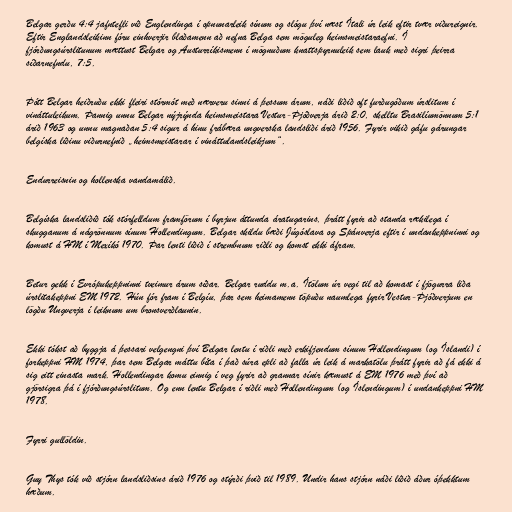
Belgar gerðu 4:4 jafntefli við Englendinga í opnunarleik sínum og slógu því næst Ítali úr leik eftir tvær viðureignir.
Eftir Englandsleikinn fóru einhverjir blaðamenn að nefna Belga sem möguleg heimsmeistaraefni. Í
fjórðungsúrslitunum mættust Belgar og Austurríkismenn í mögnuðum knattspyrnuleik sem lauk með sigri þeirra
síðarnefndu, 7:5.

Þótt Belgar heiðruðu ekki fleiri stórmót með nærveru sinni á þessum árum, náði liðið oft furðugóðum úrslitum í
vináttuleikum. Þannig unnu Belgar nýjrýnda heimsmeistara Vestur-Þjóðverja árið 2:0, skelltu Brasilíumönnum 5:1
árið 1963 og unnu magnaðan 5:4 sigur á hinu frábæra ungverska landsliði árið 1956. Fyrir vikið gáfu gárungar
belgíska liðinu viðurnefnið „heimsmeistarar í vináttulandsleikjum“.

Endurreisnin og hollenska vandamálið.

Belgíska landsliðið tók stórfelldum framförum í byrjun áttunda áratugarins, þrátt fyrir að standa rækilega í
skugganum á nágrönnum sínum Hollendingum. Belgar skildu bæði Júgóslava og Spánverja eftir í undankeppninni og
komust á HM í Mexíkó 1970. Þar lenti liðið í strembnum riðli og komst ekki áfram.

Betur gekk í Evrópukeppninni tveimur árum síðar. Belgar ruddu m.a. Ítölum úr vegi til að komast í fjögurra liða
úrslitakeppni EM 1972. Hún fór fram í Belgíu, þar sem heimamenn töpuðu naumlega fyrir Vestur-Þjóðverjum en
lögðu Ungverja í leiknum um bronsverðlaunin.

Ekki tókst að byggja á þessari velgengni því Belgar lentu í riðli með erkifjendum sínum Hollendingum (og Íslandi) í
forkeppni HM 1974, þar sem Belgar máttu bíta í það súra epli að falla úr leik á markatölu þrátt fyrir að fá ekki á
sig eitt einasta mark. Hollendingar komu einnig í veg fyrir að grannar sínir kæmust á EM 1976 með því að
gjörsigra þá í fjórðungsúrslitum. Og enn lentu Belgar í riðli með Hollendingum (og Íslendingum) í undankeppni HM
1978.

Fyrri gullöldin.

Guy Thys tók við stjórn landsliðsins árið 1976 og stýrði þvið til 1989. Undir hans stjórn náði liðið áður óþekktum
hæðum.